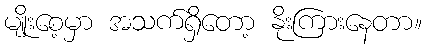
မျိုးစေ့မှာ အသက်ရှိတော့ နိုးကြားနေတာ။